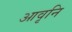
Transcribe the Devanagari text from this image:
आवृनि